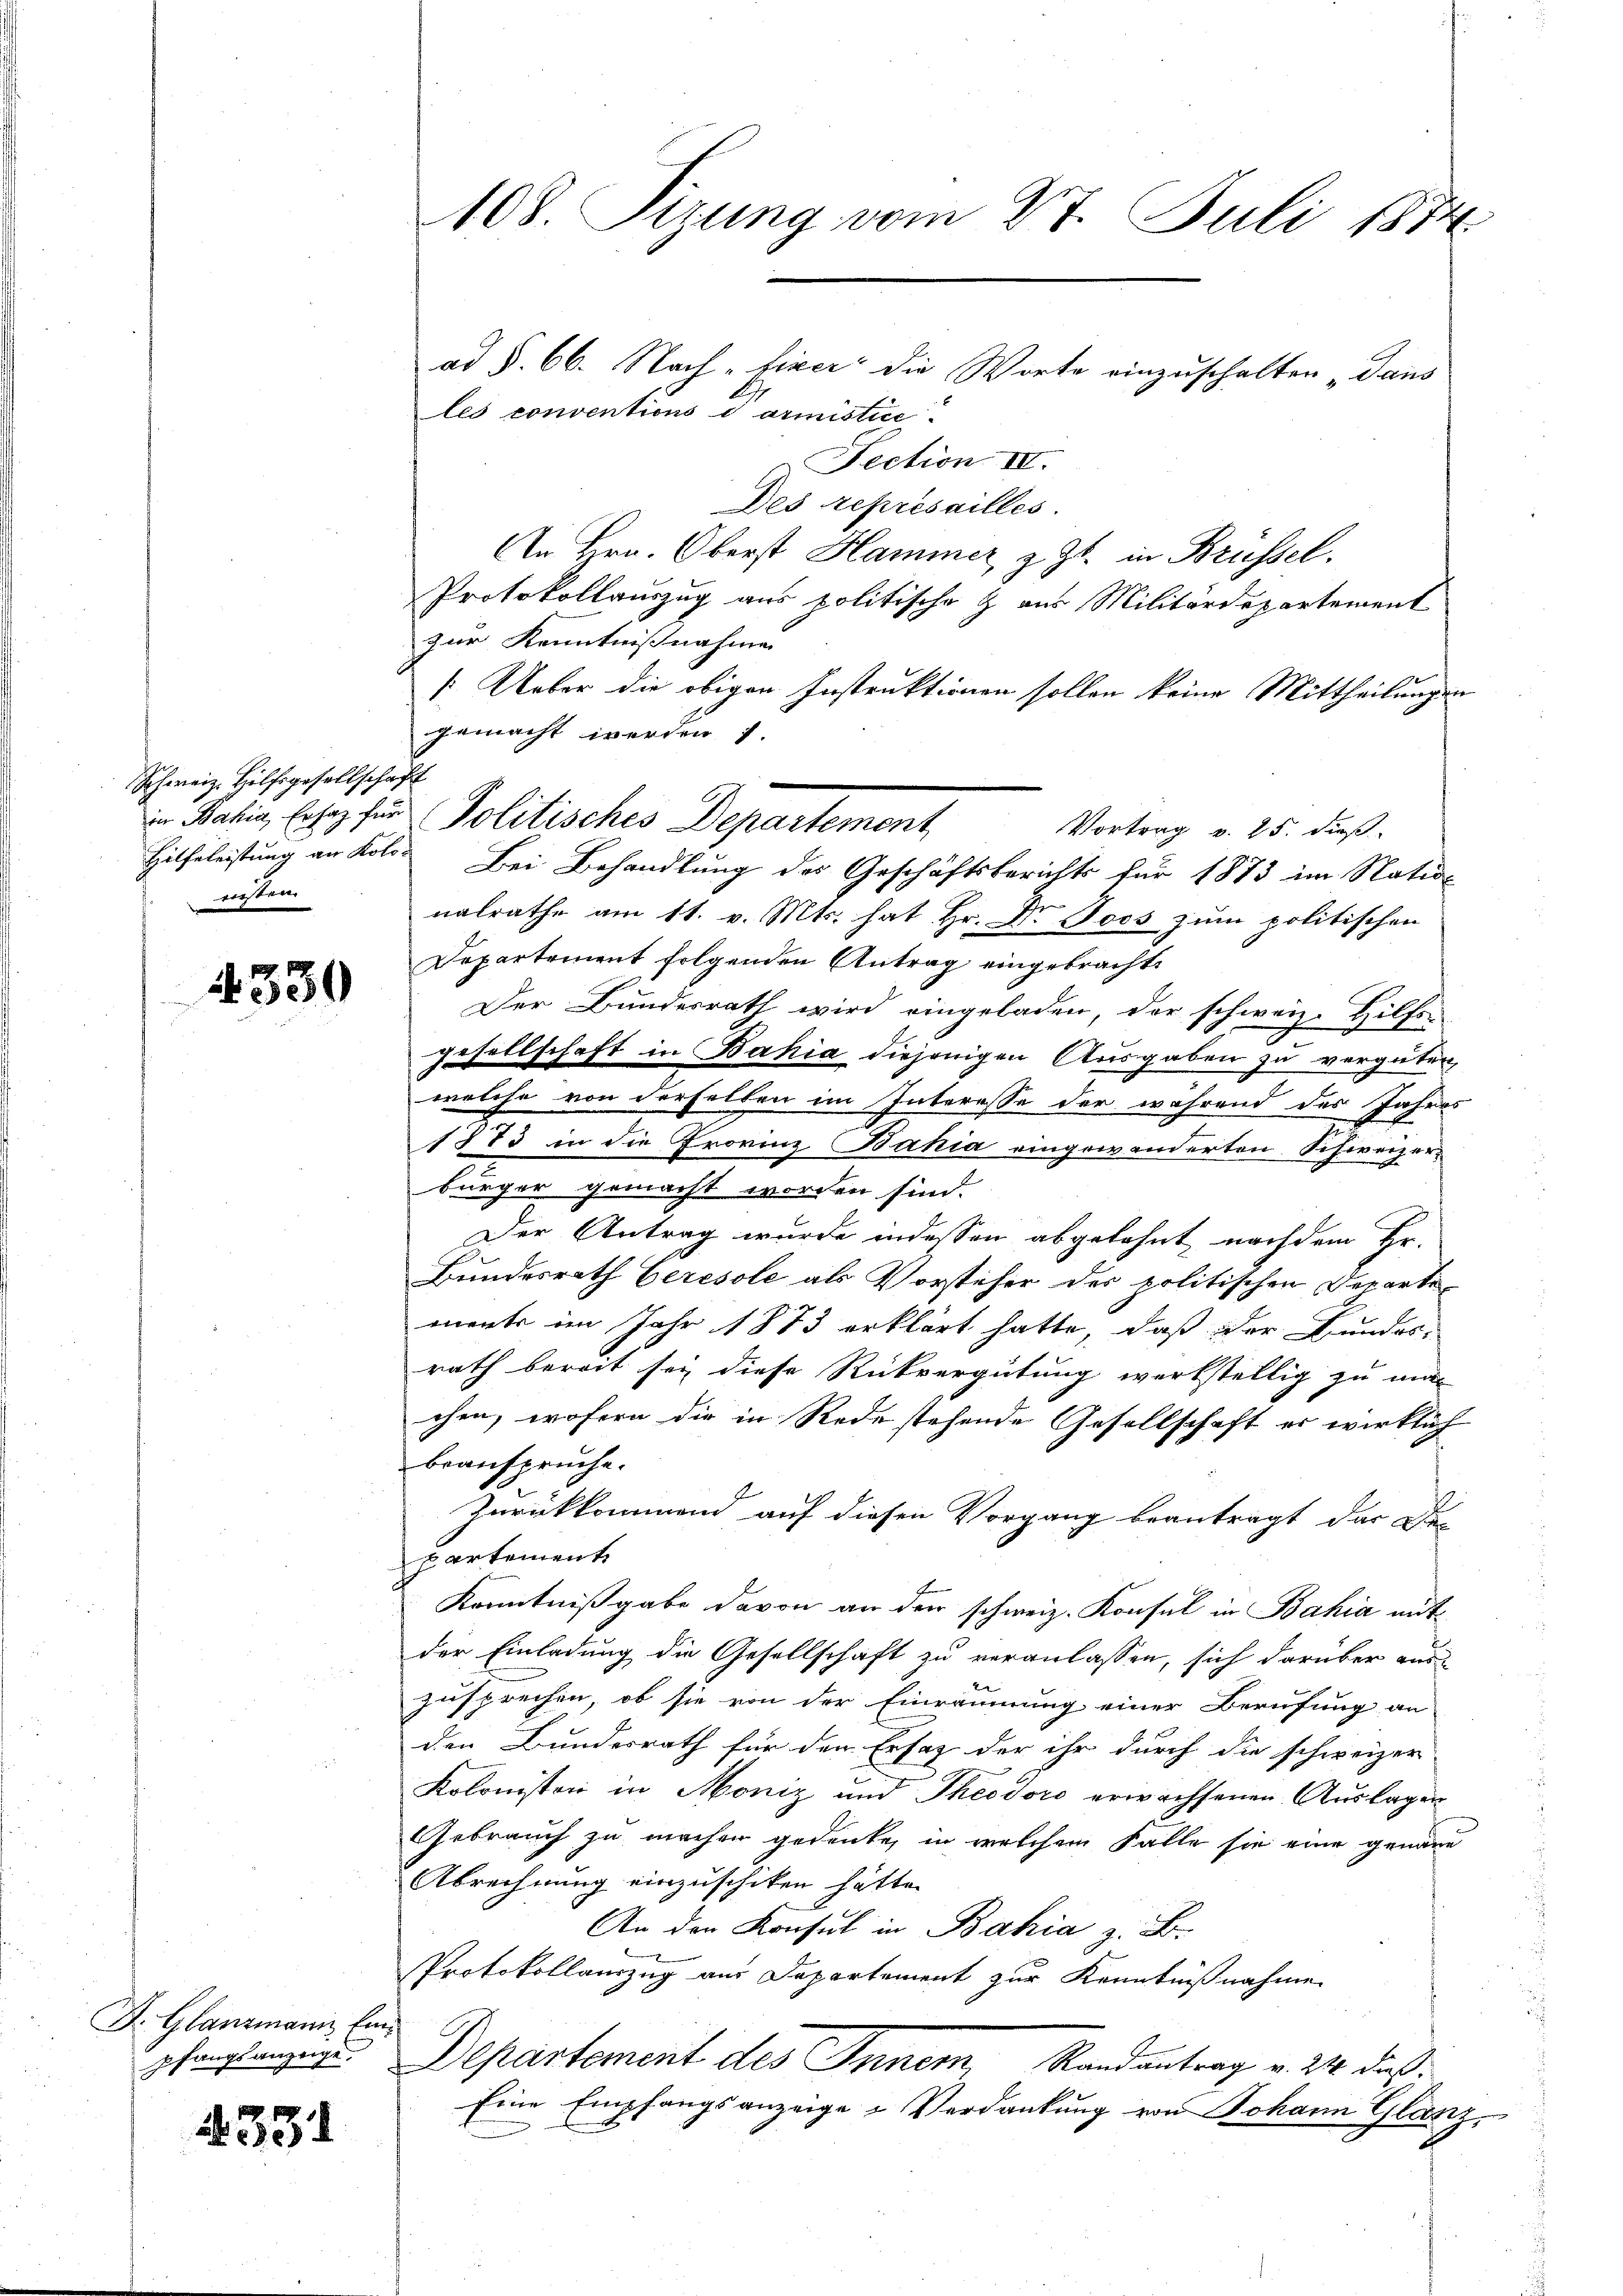
Schweiz. Hilfsgesellschaft
wersten

4330

F. Glanzmann. Ein
pfangsanzeige.

351

108. Sizung vom 27. Juli 1874

ad §. 66. Nach fixer die Worte einzuschalten „dans
les conventions darmistice
Fection IV.
Des represailles.
An Hrn. Oberst Hammer, z. Zt. in Brüssel.
Protokollauszug aus politische Z. aus Militärdepartement
zur Kenntnißnahme
[Ueber die obigen Instruktionen sollen keine Mittheilungen
gemacht werden 1.
Vortrag v. 25. dieß
Hilfeleistung an Kolo. Bei Behandlung des Geschäftsberichts für 1873 im Nation
nalrathe am 11. v. Mts. hat Hr. Dr. Joos zum politischen
Departement folgenden Antrag eingebracht.
Der Bundesrath wird eingeladen, der schweiz. Hilfs-
gesellschaft in Bahia diejenigen Ausgaben zu vergüten
welche von derselben im Interesse der während des Jahres
1873 in die Frovinz Bahia eingewanderten Schweizerbürger gemacht worden sind.
Der Antrag wurde indessen abgelehnt nachdem Hr.
Bundesrath Ceresole als Vorsteher des politischen Departemente im Jahr 1873 erklärt hatte, daß der Bundes-
rath bereit sey diese Rückvergütung werkstellig zu mac
chen, wofern die in Rede stehende Gesellschaft es wirklich
beanspruche.
Zurückkommend auf diesen Vorgang beantragt, das De-
partement
Kenntnißgabe davon an der schweiz. Konsul in Bahia mitder Einladung die Gesellschaft zu veranlassen, sich darüber aus
zusprechen, ob sie von der Einräumung einer Berufung an
den Bundesrath für den Ersatz der ihr durch die schweizer
Kolonisten in Moniz und Theodoro erwachsenen Auslagen
Gebrauch zu machen gedenke, in welchem Falle sie eine genaue
Abrechnung einzuschiken hätte.
An den Konsul in Bahia z. B.
Protokollauszug aus Departement zur Kenntnißnahme
Departement des Inner, Randantrag v. 214. dieß
Eine Empfangsanzeige Verdankung von Johann Glanz,

in Patie, lesen für Politisches Departement,